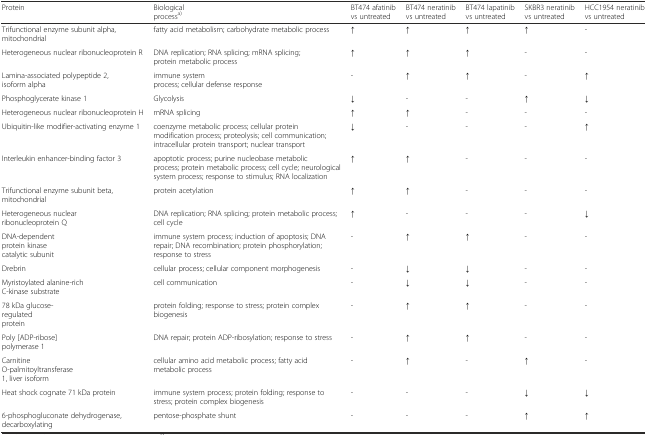
<table><thead><tr><td><b>Protein</b></td><td><b>Biological process<sup>a)</sup></b></td><td><b>BT474 afatinib vs untreated</b></td><td><b>BT474 neratinib vs untreated</b></td><td><b>BT474 lapatinib vs untreated</b></td><td><b>SKBR3 neratinib vs untreated</b></td><td><b>HCC1954 neratinib vs untreated</b></td></tr></thead><tbody><tr><td>Trifunctional enzyme subunit alpha, mitochondrial</td><td>fatty acid metabolism; carbohydrate metabolic process</td><td>↑</td><td>↑</td><td>↑</td><td>↑</td><td>-</td></tr><tr><td>Heterogeneous nuclear ribonucleoprotein R</td><td>DNA replication; RNA splicing; mRNA splicing; protein metabolic process</td><td>↑</td><td>↑</td><td>↑</td><td>-</td><td>-</td></tr><tr><td>Lamina-associated polypeptide 2, isoform alpha</td><td>immune system process; cellular defense response</td><td>-</td><td>↑</td><td>↑</td><td>-</td><td>↑</td></tr><tr><td>Phosphoglycerate kinase 1</td><td>Glycolysis</td><td>↓</td><td>-</td><td>-</td><td>↑</td><td>↓</td></tr><tr><td>Heterogeneous nuclear ribonucleoprotein H</td><td>mRNA splicing</td><td>↑</td><td>↑</td><td>-</td><td>-</td><td>-</td></tr><tr><td>Ubiquitin-like modifier-activating enzyme 1</td><td>coenzyme metabolic process; cellular protein modification process; proteolysis; cell communication; intracellular protein transport; nuclear transport</td><td>↓</td><td>-</td><td>-</td><td>-</td><td>↑</td></tr><tr><td>Interleukin enhancer-binding factor 3</td><td>apoptotic process; purine nucleobase metabolic process; protein metabolic process; cell cycle; neurological system process; response to stimulus; RNA localization</td><td>↑</td><td>↑</td><td>-</td><td>-</td><td>-</td></tr><tr><td>Trifunctional enzyme subunit beta, mitochondrial</td><td>protein acetylation</td><td>↑</td><td>↑</td><td>-</td><td>-</td><td>-</td></tr><tr><td>Heterogeneous nuclear ribonucleoprotein Q</td><td>DNA replication; RNA splicing; protein metabolic process; cell cycle</td><td>↑</td><td>-</td><td>-</td><td>-</td><td>↓</td></tr><tr><td>DNA-dependent protein kinase catalytic subunit</td><td>immune system process; induction of apoptosis; DNA repair; DNA recombination; protein phosphorylation; response to stress</td><td>-</td><td>↑</td><td>↑</td><td>-</td><td>-</td></tr><tr><td>Drebrin</td><td>cellular process; cellular component morphogenesis</td><td>-</td><td>↓</td><td>↓</td><td>-</td><td>-</td></tr><tr><td>Myristoylated alanine-rich C-kinase substrate</td><td>cell communication</td><td>-</td><td>↓</td><td>↓</td><td>-</td><td>-</td></tr><tr><td>78 kDa glucose-regulated protein</td><td>protein folding; response to stress; protein complex biogenesis</td><td>-</td><td>↑</td><td>↑</td><td>-</td><td>-</td></tr><tr><td>Poly [ADP-ribose] polymerase 1</td><td>DNA repair; protein ADP-ribosylation; response to stress</td><td>-</td><td>↑</td><td>↑</td><td>-</td><td>-</td></tr><tr><td>Carnitine O-palmitoyltransferase 1, liver isoform</td><td>cellular amino acid metabolic process; fatty acid metabolic process</td><td>-</td><td>↑</td><td>-</td><td>↑</td><td>-</td></tr><tr><td>Heat shock cognate 71 kDa protein</td><td>immune system process; protein folding; response to stress; protein complex biogenesis</td><td>-</td><td>-</td><td>-</td><td>↓</td><td>↓</td></tr><tr><td>6-phosphogluconate dehydrogenase, decarboxylating</td><td>pentose-phosphate shunt</td><td>-</td><td>-</td><td>-</td><td>↑</td><td>↑</td></tr></tbody></table>